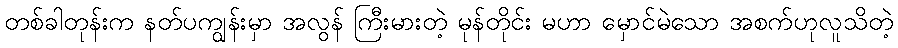
တစ်ခါတုန်းက နတ်ပကျွန်းမှာ အလွန် ကြီးမားတဲ့ မုန်တိုင်း မဟာ မှောင်မဲသော အစက်ဟုလူသိတဲ့